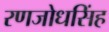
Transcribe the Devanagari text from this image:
रणजोधसिंह